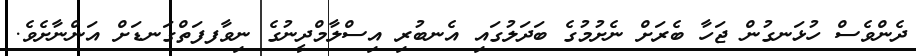
ދެންވެސް ހުޅަނގުން ޖަހާ ބެރަށް ނެށުމުގެ ބަދަލުގައި އެނބުރި އިސްލާމްދީނުގެ ނިވާފފަތްގަނޑަށް އަންނާށެވެ.